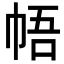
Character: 𪩳